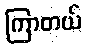
ကြာတယ်